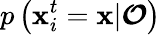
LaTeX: p\left(\mathbf{x}_{i}^{t}=\mathbf{x}|\boldsymbol{\mathcal{{O}}}\right)